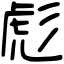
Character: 彪